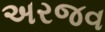
અરજવ